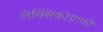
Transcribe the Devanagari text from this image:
लेक्सिकोग्राफी